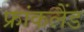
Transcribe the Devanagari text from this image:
फ्रांकलैंड